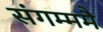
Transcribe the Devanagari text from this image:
संगम्ममै